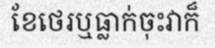
ខែថេរឬធ្លាក់ចុះវាក៏